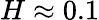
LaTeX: H\approx 0.1